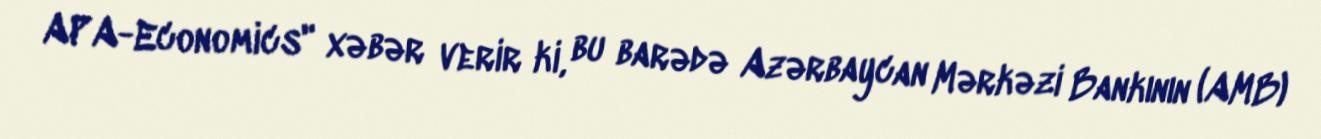
APA-Economics" xəbər verir ki, bu barədə Azərbaycan Mərkəzi Bankının (AMB)